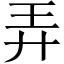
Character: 弄